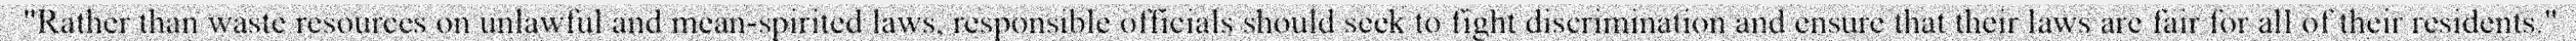
"Rather than waste resources on unlawful and mean-spirited laws, responsible officials should seek to fight discrimination and ensure that their laws are fair for all of their residents."